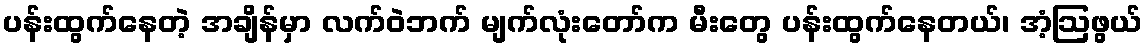
ပန်းထွက်နေတဲ့ အချိန်မှာ လက်ဝဲဘက် မျက်လုံးတော်က မီးတွေ ပန်းထွက်နေတယ်၊ အံ့ဩဖွယ်